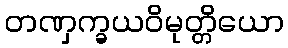
တဏှက္ခယဝိမုတ္တိယော